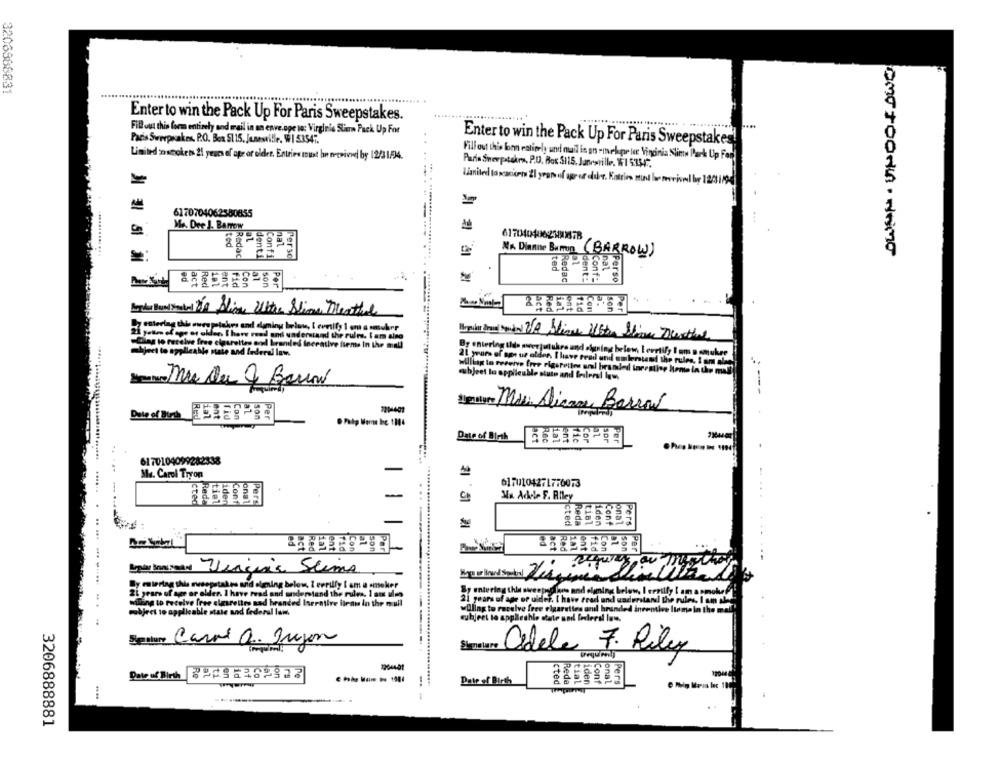
3206966831
.....
Enter to win the Pack Up For Paris Sweepstakes.
Fill out this form entirely and mail in an envelope no: Virginia Stiern Pack Up For
Paris Sweepstakes. P.O. Box S1 15. Junestille. W1 53547.
Enter to win the Pack Up For Paris Sweepstakes!
Limited :smokets 21 years of age or older. Entries must be nerivvel by 12/11/34.
Fill out this loon eatimely und nuil is an -inekpor le Vinginia Slimw Park Up For
Paris Sweepstakes, P.O. Box 5115. Janesville. W1 5.3547.
Limited tascacicen ZI years of age of olur. Katrin mud be revivedl bp 12
6170704062580855
Me. Dre J. BARTON
6170404062283478
---.
denti
nat
Perso
(BARROW)
and Food . Nome
Elted
la1
Ison
Por
Redac
honda Budynek-1 799 Slime Ultra Slim Menthol
plebes and damniny below, I cvrtify 1 ont a smoker
de. I have read ont understand the rules. Iam also
Mypilar Broad Somdel 210 blive Usta Stimme Derthal
elourettes and bramled incrative fiems In the mall
By entering tida mierjutukra und signing below
Mate and federal laws
21 years of age us alder, I have read and omlens
Willing to receive free rigsrettes aml bramled in
objeet to oppileuble stute and Seslers! lows
720-402
Esentre Mis Aliange Barras
Date of Birth
Lon
Date of Birth
6170104099282338
Me. Carol Tryon
6170104271776073
Lde
Con
Per
........
Ma Adele F. Alley
.. ... .....
tec
Par
body Innyman Vengine Slims
By entering this rwsepstakes and olimning below, I eveilfy I am a smoker
21 years of age or eller. I have read and understand the rules, 1 am ulm
Sy undvetag this sweep love and aluning below.
willing to receive free elesrettes nad branded Iserative itrans in the mull
21 years of age of ulder. I have trad
Oling to receive free cigarettes anil b
subject to applicable state and federal lam
subject to applleshle state und federal
....... . .. ... .. .... . . .
Stealury
Carol a. Jujon
de Cedele 7. Rily
tial
Date of Birth
cted
Cont
Pers
3206888881